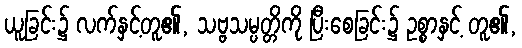
ယူခြင်း၌ လက်နှင့်တူ၏, သဗ္ဗသမ္ပတ္တိကို ပြီးစေခြင်း၌ ဥစ္စာနှင့် တူ၏,